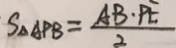
S _ { \Delta A P B } = \frac { A B \cdot P E } { 2 }